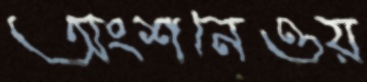
অংশনেওয়